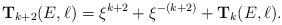
LaTeX: \begin{align*}{ \mathbf T}_{k+2}(E,\ell)=\xi^{k+2}+ \xi^{-(k+2)}+{ \mathbf T}_k(E,\ell).\end{align*}